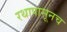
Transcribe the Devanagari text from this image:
रथापासूनच